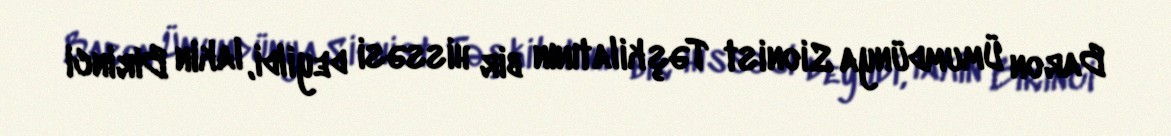
Baron Ümumdünya Sionist Təşkilatının bir hissəsi deyildi, lakin Birinci